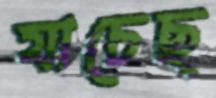
যাচেছ